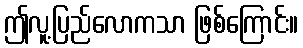
ဤလူ့ပြည်လောကသာ ဖြစ်ကြောင်း။